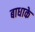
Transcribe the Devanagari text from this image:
बाधाके